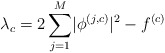
\begin{align*} \lambda_c=2\sum_{j=1}^{M}\lvert\phi^{\left(j,c\right)}\rvert^2-f^{\left(c\right)} \end{align*}